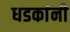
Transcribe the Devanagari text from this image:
धडकांनी